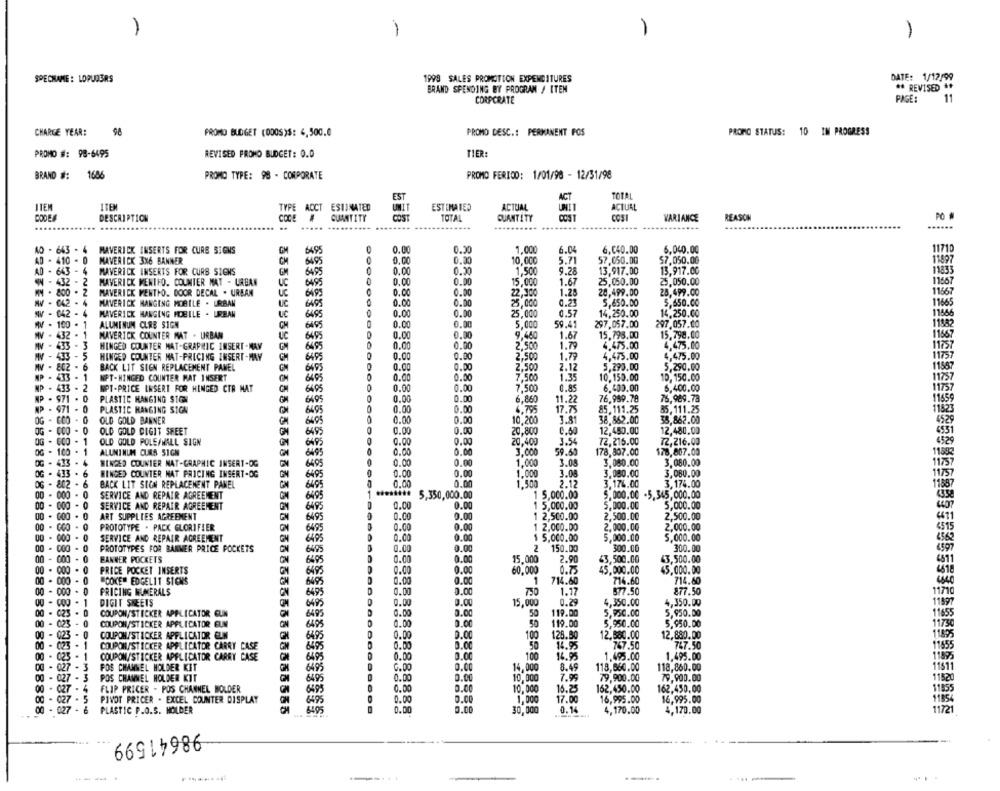
-
1
1
-
SPECNAME : LOPUDERS
1998 SALES PROMOTION EXPENDITURES
DATE: 1/12/99
** REVISED **
BRAND SPENDING BY PROGRAM / ITEM
CORPORATE
PAGE:
11
CHARGE YEAR:
98
PROMO BUDGET (000S)$: 4,500.0
PROMO DESC .: PERMANENT FOS
PROMO STATUS: 10 IN PROGRESS
PROMO #: 98-6495
REVISED PROMO BUDGET: 0.0
TIER:
BRAND #:
1686
PROMO TYPE: 98 - CORPORATE
PROMO FERIOD: 1/01/96 - 12/31/98
EST
ACT
TOTAL
ITEM
ITEM
ESTIMATED
ACTUAL
ACTUAL
UMIT
PODE
DESCRIPTION
COGE
GUANTITY
CO51
TOTAL
QUANTITY
COSI
VARIANCE
REASON
. .......
..... ...
......
AD - 643 - 4
MAVERICK INSERTS FOR CURS SIGNS
GM
6495
0.00
0.30
1.000
6.04
6.040.00
6,040.00
11710
AD - 410 - 0
MAVERICK 3X6 BANNER
CM
6495
0.00
0.20
10,000
5.71
57,050.00
$7,050.00
11897
AD - 643 - 4
0.00
0.20
1,500
MAVERICK INSERTS FOR CURB SIGNS
6495
9.28
13,917.00
13,917.00
11835
- 432 - 2
MAVERICK MENTFO. COUNTER MAT - URBAN
UC
0495
0.00
0.00
15,000
1.67
25,050.00
25.050.00
11567
WN - 800 - 2
MAVERICK MENTHO. DOOR DECAL . URBAN
6499
0.00
0.00
22,300
1.28
20,499.00
25,499.00
W - 042 -
6495
0.00
0.00
0.23
5,650.00
MAVERICK HANGING MAILE . URBAN
UC
5,650.00
11669
W - 042 - 4
MAVERICK HANGING MOBILE . URBAN
6495
0.00
0.00
25.000
0.57
14,250.00
14,250.00
11580
WWW . 100 . 1
ALUMINUM CLRB SIGN
GM
0.00
0.00
5,000
59.41
297.057.00
297.057.00
6495
0.00
MV - 432
MAVERICK COUNTER MAT . URBAN
uc
6495
0.00
9,460
1.67
15,795,00
15,798.00
MV - 433
HINGED COUNTER MAT-GRAPHIC INSERT-MAY
ON
6495
0.00
0.00
2,500
1.79
4.475.00
4,475.00
11757
HINGED COUNTER MAT-PRICING INSERT-MAY
0.00
0.00
2.500
1.79
4,475.00
4,475.00
11/57
GM
0.DO
802
BACK LIT SIGN REPLACEMENT PANEL
6495
0.00
2.500
2.12
5,290.00
5,290.00
11887
1
NPT-HINGED COUNTER MAT INSERT
6495
0.00
0.00
7.500
1.35
10.150.00
10,150.00
11757
433
2
WPT-PRICE INSERT FOR HINGED CTR MAT
6405
0.00
0.00
7.500
0.85
6.400.00
6,400.00
1175
971 .
PLASTIC HANGING SIGN
6495
0
0.00
0.00
6,860
11.22
76.989.78
76,989.78
971
PLASTIC HANGING SIGN
6495
0.00
0.00
6.795
17.75
85.111.25
85,111.25
OG - ECO
. 0
OLD GOLD BANNER
5499
0.00
0.00
10.200
3.81
38,862.00
38,862.00
OG - CCO
. 0
OLD GOLD DIGIT SFEET
6495
0.00
0.00
20.800
0.60
12,450.00
12,480.00
OG - CCO
1
OLD GOLD POLE/WALL SIGN
6495
0.00
0.00
20.400
3.54
72.216.00
72,216.00
OG - 100 .
ALUMINUM CURS SIGN
6495
3.000
59.60
178,307.00
$78,807.00
OG - 433
WINDED COUNTER NAT-GRAPHIC INSERT-OG
6495
0.00
0.00
1,000
3.08
3,080.00
3,080.00
1175
OG . 433 . 6
WINGED COUNTER NAT PRICING INSERT-OG
6495
0.00
0.00
1,000
3.08
3.080.00
3,080.00
11/5
OG - 802
. 6
0.00
0.00
BACK LIT SICH REPLACEMENT PANEL
6495
1.500
2.12
3.176.00
3,174.00
11887
00 - 000
. 0
SERVICE AND REPAIR AGREEMENT
GM
5,350,000.00
1 5.000.00
5.000.00 -5,345,000.00
00 - 600
SERVICE AND REPAIR AGREEMENT
GM
6495
0.00
0.00
1 5,000.00
5.000.00
5,000.00
00 - 600 . 0
0.00
1 2,500.00
2,500.00
ART SUPPLIES AGREEMENT
GN
6495
0.CO
2,500.00
00 - GCO - 0
8888888
PROTOTYPE . PACK GLORIFIER
5495
0.00
0.00
1 2,000.00
2.000.00
2,000.00
00 - 000-
0
SERVICE AND REPAIR AGREEMENT
64%
0.00
0.00
1 5.000.00
5,000.00
5,000.00
4562
0.00
150.00
300.00
00 - 000 -
PROTOTYPES FOR BANNER PRICE POCKETS
GN
5405
2
300.00
00 - 000
BANNER POCKETS
6495
0.00
15,000
2.90
43,500.00
43,500.00
00 - 000
.
PRICE POCKET INSERTS
6495
0.00
0.00
60,000
0.75
45,000.00
45,000.00
00 - 000
"COKE" EDGELIT STENS
6495
0.00
0.00
1
714.60
716.60
714.60
00 - 000*
PRICING NUMERALS
GN
6495
0.00
0.00
1.17
877.50
877.50
1971
DIGIT SHEETS
0.00
15,000
4,350.00
4,350.00
118
0495
0.29
00 - 023
COUPON, STICKER APPLICATOR GUN
6495
0.00
2.00
50
119.00
5,950.00
5,950.00
1165
00 - 023
COUPON/STICKER APPLICATOR EUM
6495
0.00
50
119.00
5,950.00
5,950.00
1175
00 - 023
COUPON/STICKER APPLICATOR GLIN
0.00
0.00
128.50
12,880.00
6495
100
12,580.00
00 - 023
COUPON/STICKER APPLICATOR CARRY CASE
6495
DO
0.00
D.00
50
767.50
747.50
1185
00 - 023 - 1
COUPON/STICKER APPLICATOR CARRY CASE
6495
0.00
100
14.95
1.495.00
1.495.00
0.00
00 - 027 - 3
POS CHANNEL HOLDER KIT
GN
G.00
14,000
8.49
118,860.00
118,860.00
1151
00 - 027 - 3
POS CHANNEL HOLDER KIT
6495
0.00
10,000
7.99
79,900.00
79,900.00
1182
00 - 027-
FLIP PRICER - POS CHANNEL HOLDER
6499
0.00
0.0
10,000
16.25
162,450.00
162,450.00
0.0
115
00 - 027 - 5
PIVOT PRICER . EXCEL COUNTER DISPLAY
6495
0.00
1.000
17.00
16,995.00
16,995.00
888888888
927
PLASTIC P.O.S. HOLDER
0.00
0.00
30.000
0.14
4,170.00
4,170.00
11721
98641599